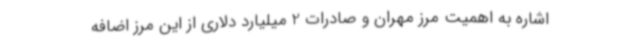
اشاره به اهمیت مرز مهران و صادرات 2 میلیارد دلاری از این مرز اضافه